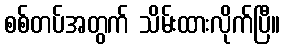
စစ်တပ်အတွက် သိမ်းထားလိုက်ပြီ။